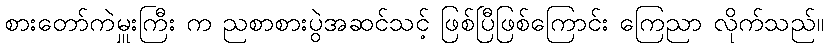
စားတော်ကဲမှူးကြီး က ညစာစားပွဲအဆင်သင့် ဖြစ်ပြီဖြစ်ကြောင်း ကြေညာ လိုက်သည်။